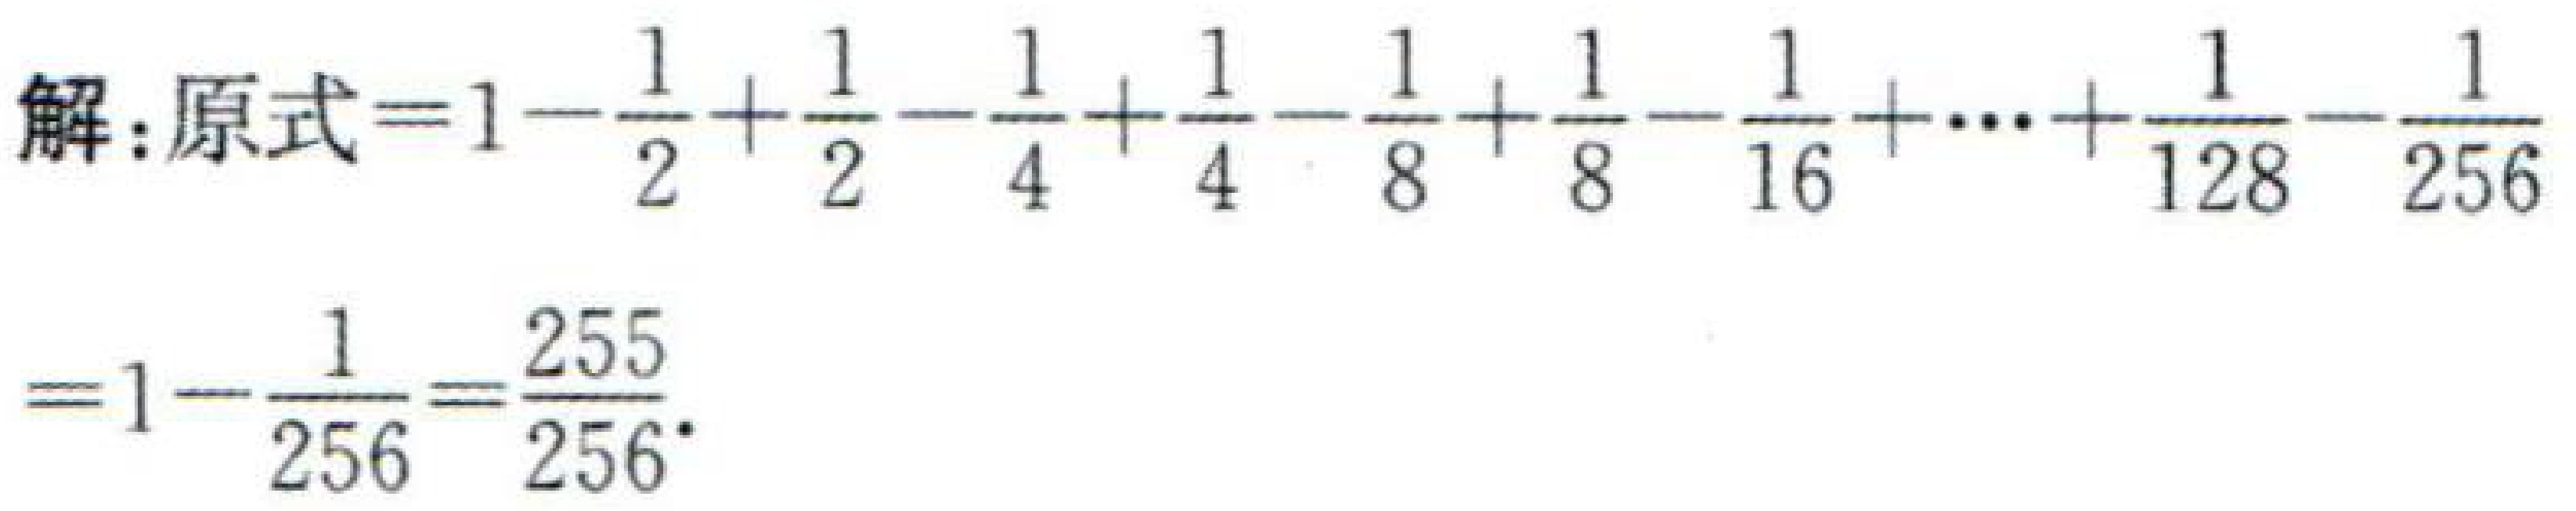
解：原式\(=1 - \frac{1}{2} + \frac{1}{2} - \frac{1}{4} + \frac{1}{4} - \frac{1}{8} + \frac{1}{8} - \frac{1}{16} + \cdots + \frac{1}{128} - \frac{1}{256}\)

\(=1 - \frac{1}{256} = \frac{255}{256}\)